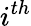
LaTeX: i^{th}